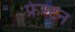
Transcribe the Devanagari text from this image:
फ्रेम्टन